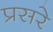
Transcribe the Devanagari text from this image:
प्रसरे